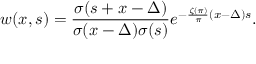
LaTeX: w ( x , s ) = \frac { \sigma ( s + x - \Delta ) } { \sigma ( x - \Delta ) \sigma ( s ) } e ^ { - \frac { \zeta ( \pi ) } { \pi } ( x - \Delta ) s } . \nonumber